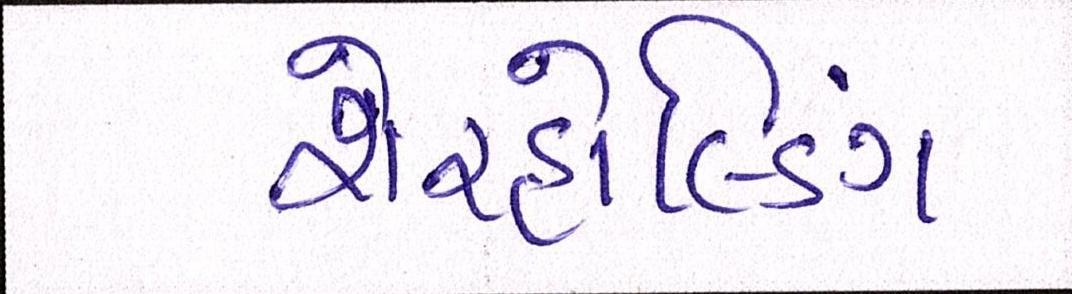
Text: શેરહોલ્ડિંગ